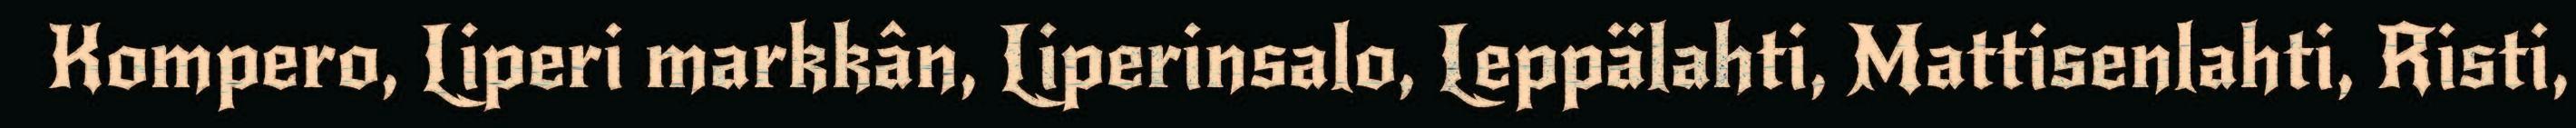
Kompero, Liperi markkân, Liperinsalo, Leppälahti, Mattisenlahti, Risti,